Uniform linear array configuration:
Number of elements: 12
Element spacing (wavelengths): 0.25
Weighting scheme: blackman
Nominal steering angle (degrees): -60
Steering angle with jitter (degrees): -59.141
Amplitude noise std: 0.05
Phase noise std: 0.05

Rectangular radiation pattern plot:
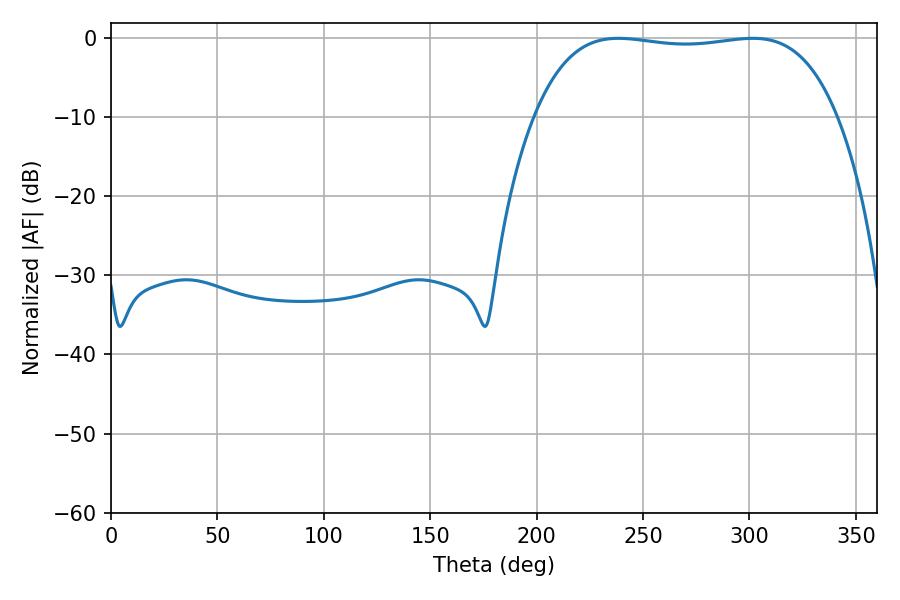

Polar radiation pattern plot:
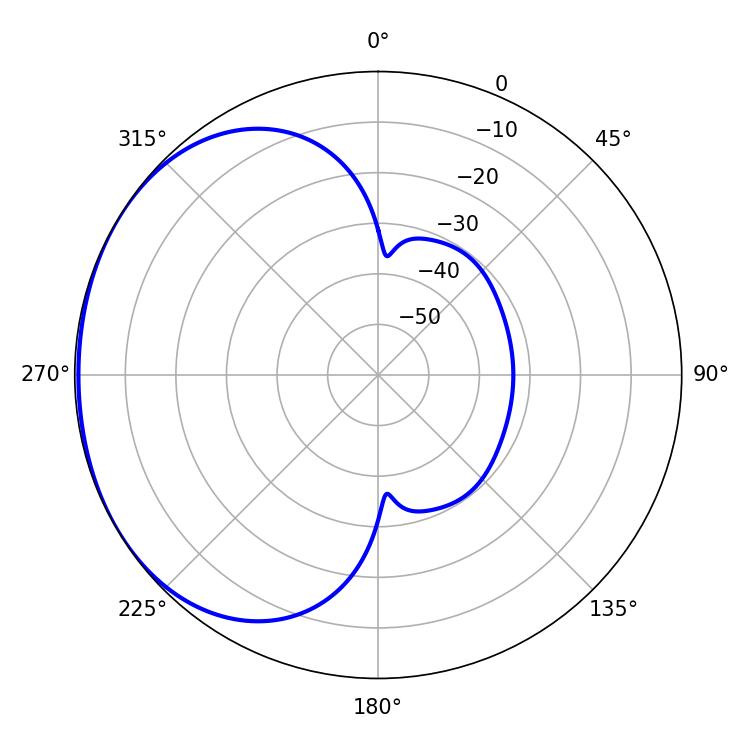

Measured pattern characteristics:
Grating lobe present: FALSE
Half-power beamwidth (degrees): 112.68
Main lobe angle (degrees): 238.5